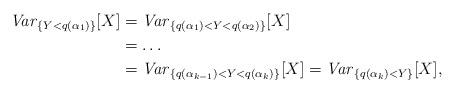
LaTeX: \begin{align*}\textrm{\emph{Var}}_{\{Y<q(\alpha_1)\}}[X] & =\textrm{\emph{Var}}_{\{q(\alpha_1)<Y<q(\alpha_2)\}}[X]\\& =\ldots\\& =\textrm{\emph{Var}}_{\{q(\alpha_{k-1})<Y<q(\alpha_k)\}}[X]=\textrm{\emph{Var}}_{\{q(\alpha_k)<Y\}}[X],\end{align*}